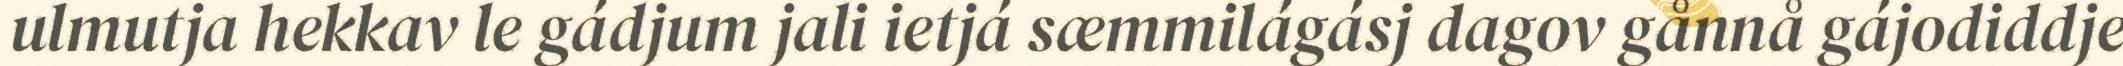
ulmutja hekkav le gádjum jali ietjá sæmmilágásj dagov gånnå gájodiddje